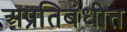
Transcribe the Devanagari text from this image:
अप्रतिबंधीत